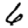
Digit: 6